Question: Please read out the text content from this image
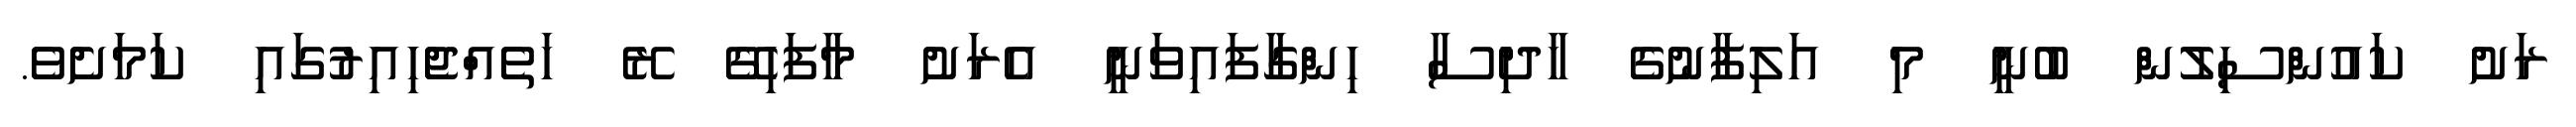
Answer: ރަށު ކައުންސިލުން ބުނީ މި އަލިފާނުގެ ހާދިސާ ހިންގާފައިވަނީ އެރަށު މާފަހިގޭ ރޭ ހަތެއްޖެހިއިރުގައި ކަމަށެވެ.